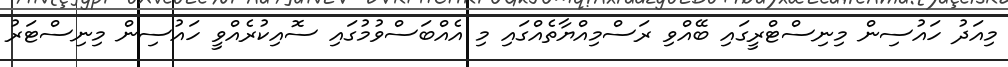
މިއަދު ހައުސިން މިނިސްޓްރީގައި ބޭއްވި ރަސްމިއްޔާތެއްގައި މި އެއްބަސްވުމުގައި ސޮއިކުރެއްވީ ހައުސިން މިނިސްޓަރު